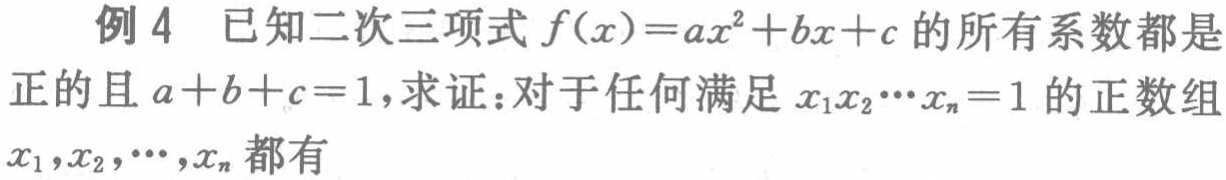
例 4 已知二次三项式\(f(x)=ax^{2}+bx + c\)的所有系数都是正的且\(a + b + c = 1\)，求证：对于任何满足\(x_{1}x_{2}\cdots x_{n}=1\)的正数组\(x_{1},x_{2},\cdots,x_{n}\)都有